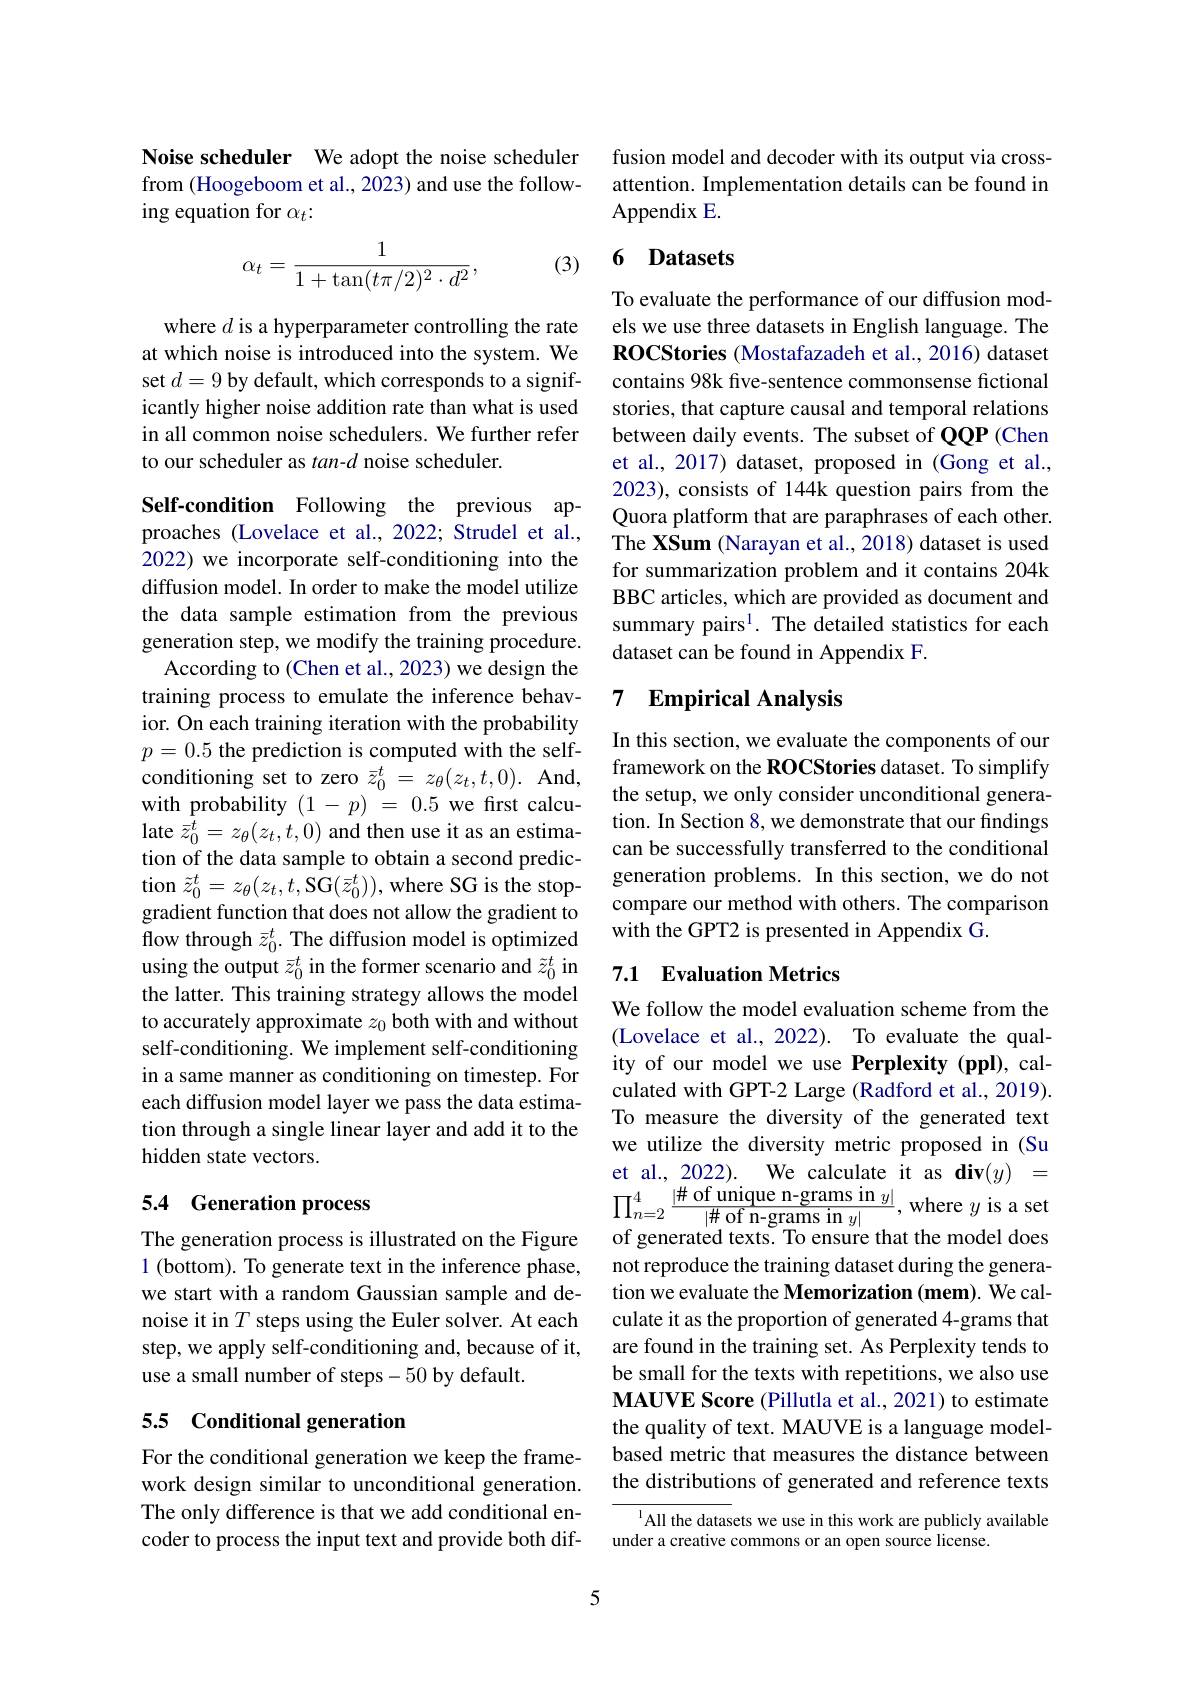
Noise scheduler We adopt the noise scheduler from (Hoogeboom et al., 2023) and use the following equation for $\alpha_t{:}$

(3)
$$\alpha_t=\frac{1}{1+\tan(t\pi/2)^2\cdot d^2},$$
where $d$ is a hyperparameter controlling the rate at which noise is introduced into the system. We set $d=9$ by default, which corresponds to a significantly higher noise addition rate than what is used in all common noise schedulers. We further refer to our scheduler as tan-d noise scheduler.

Self-condition Following the previous approaches (Lovelace et al., 2022; Strudel et al., 2022) we incorporate self-conditioning into the diffusion model. In order to make the model utilize the data sample estimation from the previous generation step, we modify the training procedure.
According to (Chen et al., 2023) we design the training process to emulate the inference behavior. On each training iteration with the probability $p=0.5$ the prediction is computed with the selfconditioning set to zero $\bar{z}_0^t=z_\theta(z_t,t,0).$ And, with probability $(1-p)=0.5$ we first calculate $\bar{z}_0^t=z_\theta(z_t,t,0)$ and then use it as an estimation of the data sample to obtain a second prediction $\tilde{z}_0^t=z_\theta(z_t,t$,SG$(\bar{z}_0^t))$,where SG is the stopgradient function that does not allow the gradient to flow through $\bar{z}_0^t.$ The diffusion model is optimized using the output $\bar{z}_0^t$ in the former scenario and $\tilde{z}_0^t$ in the latter. This training strategy allows the model to accurately approximate $z_0$ both with and without self-conditioning. We implement self-conditioning in a same manner as conditioning on timestep. For each diffusion model layer we pass the data estimation through a single linear layer and add it to the hidden state vectors.

## 5.4 Generation process

The generation process is illustrated on the Figure 1 (bottom). To generate text in the inference phase, we start with a random Gaussian sample and denoise it in $T$ steps using the Euler solver. At each step, we apply self-conditioning and, because of it, use a small number of steps-50 by default.

## 5.5 Conditional generation

For the conditional generation we keep the framework design similar to unconditional generation. The only difference is that we add conditional encoder to process the input text and provide both dif-

fusion model and decoder with its output via crossattention. Implementation details can be found in Appendix E.

# 6 Datasets

To evaluate the performance of our diffusion models we use three datasets in English language. The ROCStories (Mostafazadeh et al., 2016) dataset contains 98k five-sentence commonsense fictional stories, that capture causal and temporal relations between daily events. The subset of QQP (Chen et al., 2017) dataset, proposed in (Gong et al., 2023), consists of 144k question pairs from the Quora platform that are paraphrases of each other. The XSum (Narayan et al., 2018) dataset is used for summarization problem and it contains 204k BBC articles, which are provided as document and summary pairs$^{1}.$ The detailed statistics for each dataset can be found in Appendix F.

## 7 $\textbf{Empirical Analysis}$

In this section, we evaluate the components of our framework on the ROCStories dataset. To simplify the setup, we only consider unconditional generation. In Section 8, we demonstrate that our findings can be successfully transferred to the conditional generation problems. In this section, we do not compare our method with others. The comparison with the GPT2 is presented in Appendix G.

## 7.1 Evaluation Metrics

We follow the model evaluation scheme from the (Lovelace et al., 2022). To evaluate the quality of our model we use Perplexity (ppl), calculated with GPT-2 Large (Radford et al., 2019). To measure the diversity of the generated text we utilize the diversity metric proposed in (Su et al. , 2022) . We calculate it as div$( y) =$ $\prod _{n= 2}^{4}\frac {| \# \mathrm{~of~unique~n- grams~in~}y| }{| \# \mathrm{~of~n- grams~in~}y| }$, where $y$ is a set of oenerated tevts To encure that the model does of generated texts. To ensure that the model does not reproduce the training dataset during the generation we evaluate the Memorization (mem). We calculate it as the proportion of generated 4-grams that are found in the training set. As Perplexity tends to be small for the texts with repetitions, we also use $\textbf{MAUVE Score ( Pillutla et al. , 2021) to estimate}$ the quality of text. MAUVE is a language modelbased metric that measures the distance between the distributions of generated and reference texts

All the datasets we use in this work are publicly available
under a creative commons or an open source license.

5